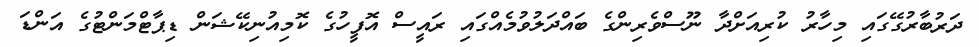
ދަރުބާރުގޭގައި މިހާރު ކުރިއަށްދާ ނޫސްވެރިންގެ ބައްދަލުވުމެއްގައި ރައީސް އޮފީހުގެ ކޮމިއުނިކޭޝަން ޑިޕާޓްމަންޓުގެ އަންޑަ